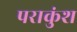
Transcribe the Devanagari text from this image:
पराकुंश